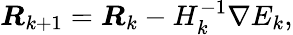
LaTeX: \boldsymbol{R}_{k+1}=\boldsymbol{R}_{k}-{H}_{k}^{-1}\nabla{E}_{k},